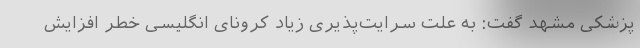
پزشکی مشهد گفت: به علت سرایت‌پذیری زیاد کرونای انگلیسی خطر افزایش